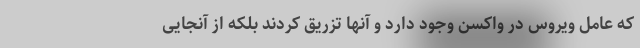
که عامل ویروس در واکسن وجود دارد و آنها تزریق کردند بلکه از آنجایی